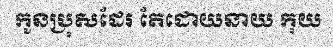
កូនប្រុសដែរ តែដោយនាយ កុយ